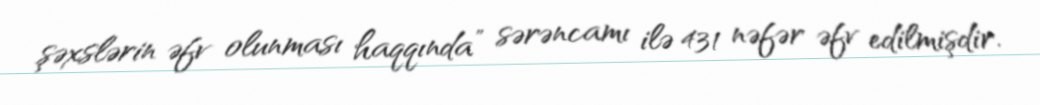
şəxslərin əfv olunması haqqında” sərəncamı ilə 431 nəfər əfv edilmişdir.